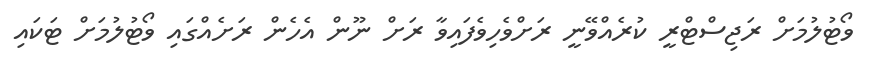
ވޯޓުލުމަށް ރަޖިސްޓްރީ ކުރެއްވޭނީ ރަށްވެހިވެފައިވާ ރަށް ނޫން އެހެން ރަށެއްގައި ވޯޓުލުމަށް ޓަކައި